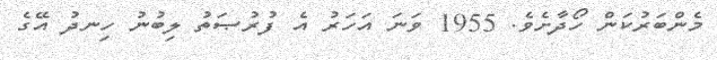
މެންބަރުކަން ހޯދާށެވެ. 1955 ވަނަ އަހަރު އެ ފުރުޞަތު ލިބުނު ހިނދު އޭގެ